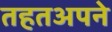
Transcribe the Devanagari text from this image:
तहतअपने